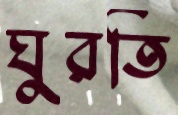
ঘুরতি